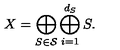
X = \bigoplus _ { S \in { \cal S } } \bigoplus _ { i = 1 } ^ { d _ { S } } S .